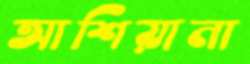
আশিয়ানা